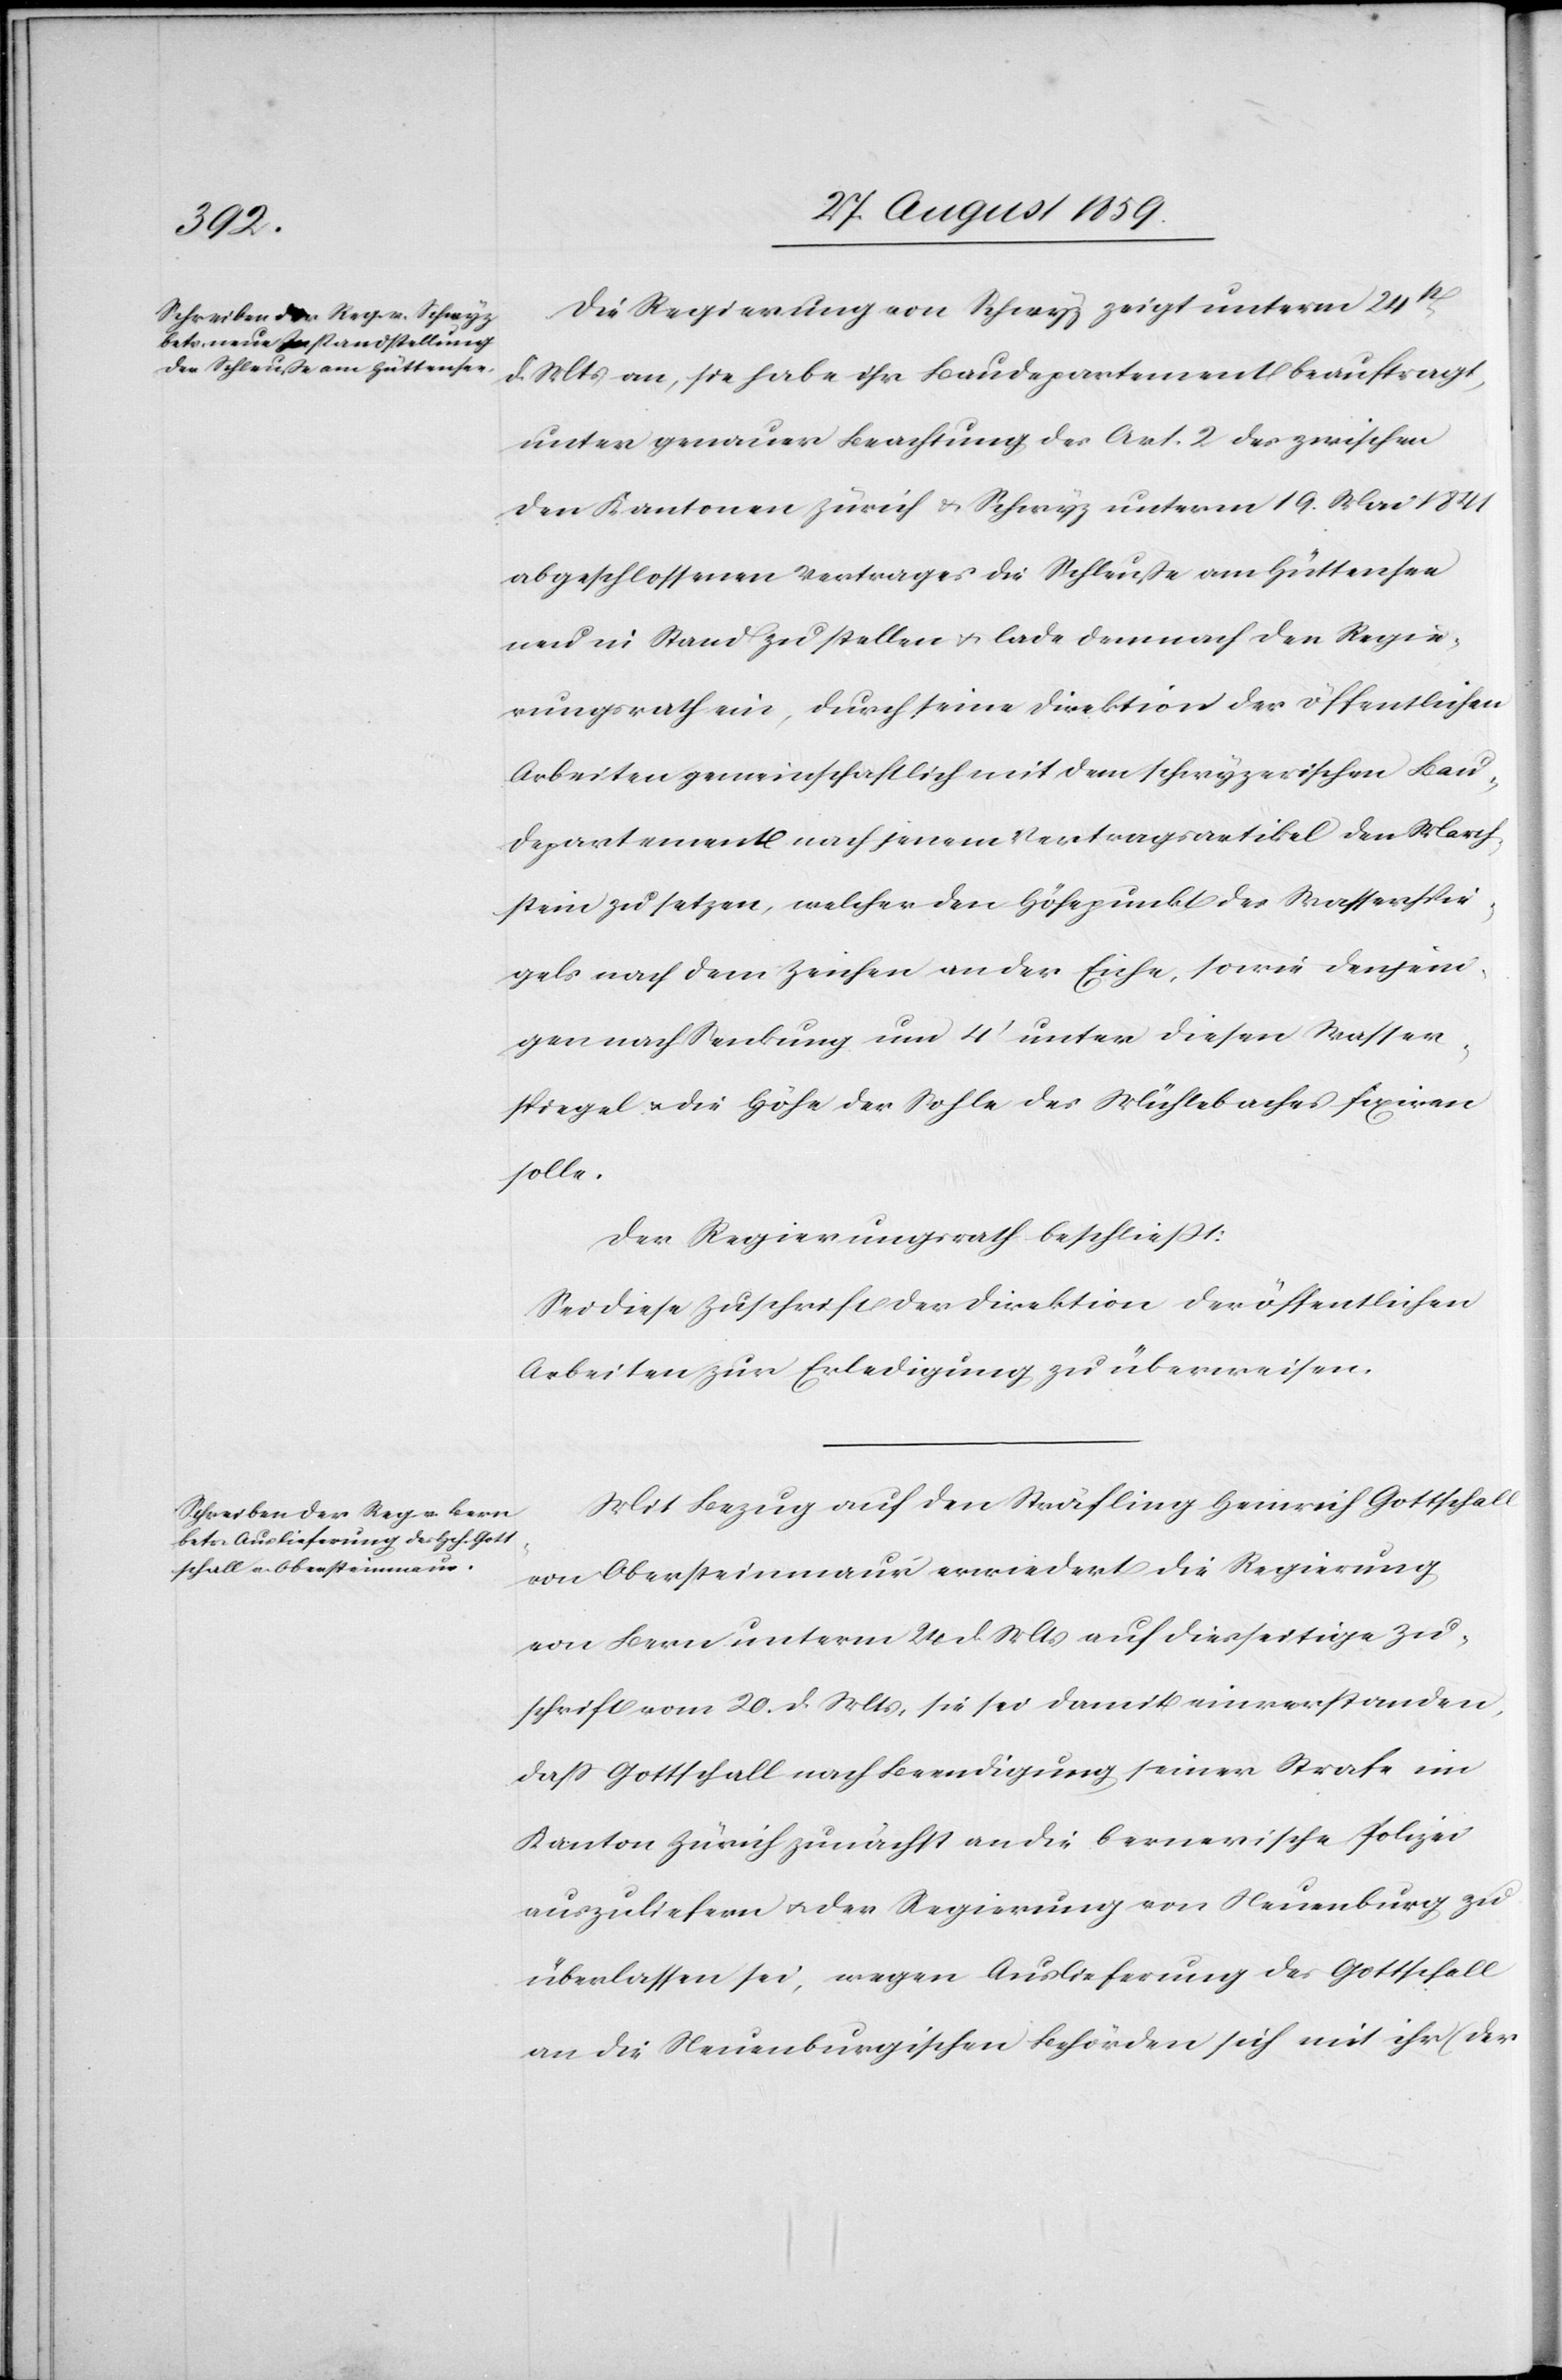
Die Regierung von Schwyz zeigt unterm 24t.
d. Mts. an, sie habe ihr Baudepartement beauftragt,
unter genauer Beachtung des Art. 2 des zwischen
den Kantonen Zürich & Schwyz unterm 19. Mai 1841
abgeschlossenen Vertrages die Schleuße am Hüttensee
neu in Stand zu stellen & lade demnach den Regie¬
rungsrath ein, durch seine Direktion der öffentlichen
Arbeiten gemeinschaftlich mit dem schwyzerischen Bau¬
departement nach jenem Vertragsartikel den March¬
stein zu setzen, welcher den Höhepunkt des Wasserspie¬
gels nach dem Zeichen an der Eiche, sowie denjeni¬
gen nach Senkung um 4’ unter diesen Wasser¬
spiegel & die Höhe der Sohle des Mühlebaches fixiren
solle.
Der Regierungsrath beschließt:
Sei diese Zuschrift der Direktion der öffentlichen
Arbeiten zur Erledigung zu überweisen.
Mit Bezug auf den Sträfling Heinrich Gottschall
von Obersteinmaur erwiedert die Regierung
von Bern unterm 24. d. Mts. auf diesseitige Zu¬
schrift vom 20. d. Mts., sie sei damit einverstanden,
daß Gottschall nach Beendigung seiner Strafe im
Kanton Zürich zunächst an die bernerische Polizei
auszuliefern & der Regierung von Neuenburg zu
überlassen sei, wegen Auslieferung des Gottschall
an die Neuenburgischen Behörden sich mit ihr (der